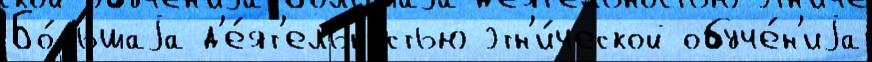
Бо́льшаjа д'е́ят'ельностью этн'и́ческой обуче́н'иjа